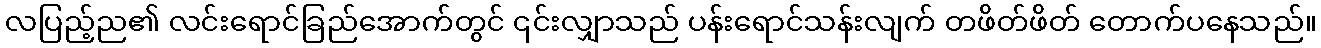
လပြည့်ည၏ လင်းရောင်ခြည်အောက်တွင် ၎င်းလျှာသည် ပန်းရောင်သန်းလျက် တဖိတ်ဖိတ် တောက်ပနေသည်။